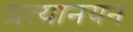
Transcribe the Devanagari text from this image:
प्रत्यानयन